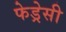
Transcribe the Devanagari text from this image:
फेड्रेसी